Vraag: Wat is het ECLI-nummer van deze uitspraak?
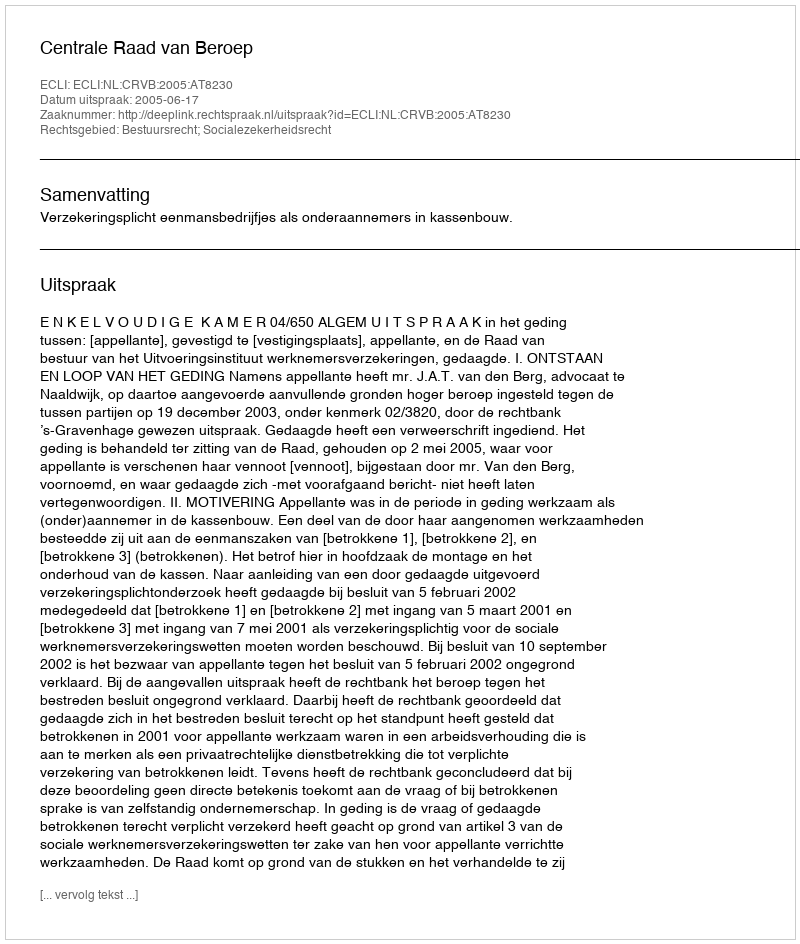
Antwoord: ECLI:NL:CRVB:2005:AT8230